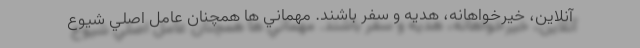
آنلاین، خیرخواهانه، هدیه و سفر باشند. مهماني ها همچنان عامل اصلي شيوع